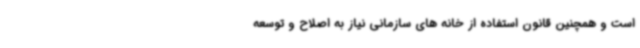
است و همچنین قانون استفاده از خانه های سازمانی نیاز به اصلاح و توسعه